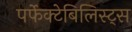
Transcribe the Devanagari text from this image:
पर्फेक्टेबिलिस्ट्स